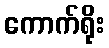
ကောက်ရိုး